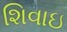
શિવાઇ